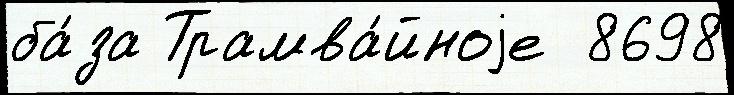
ба́за Трамва́йноjе  8698